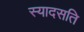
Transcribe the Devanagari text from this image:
स्यादसति